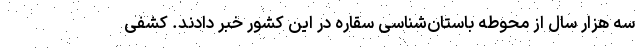
سه هزار سال از محوطه باستان‌شناسی سقاره در این کشور خبر دادند. کشفی